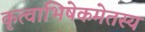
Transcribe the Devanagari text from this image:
कृत्वाभिषेकमेतस्य